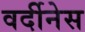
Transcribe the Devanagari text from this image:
वर्दीनेस